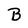
Character: B